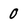
Character: 0